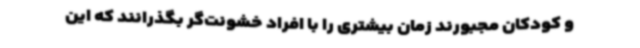
و کودکان مجبورند زمان بیشتری را با افراد خشونت‌گر بگذرانند که این